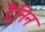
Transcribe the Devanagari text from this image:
ट्रैनिन